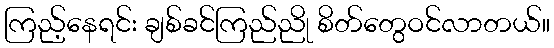
ကြည့်နေရင်း ချစ်ခင်ကြည်ညို စိတ်တွေဝင်လာတယ်။